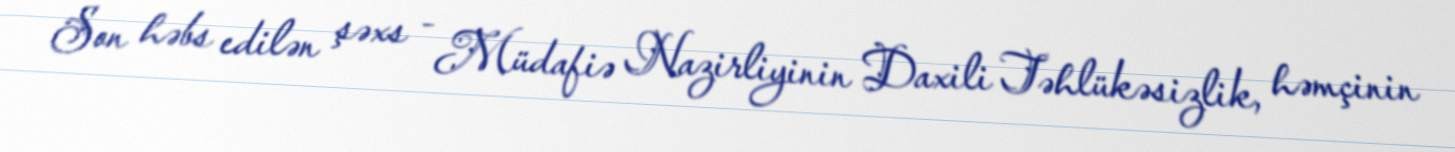
Son həbs edilən şəxs - Müdafiə Nazirliyinin Daxili Təhlükəsizlik, həmçinin